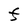
Character: F